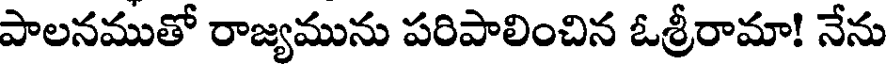
పాలనముతో రాజ్యమును పరిపాలించిన ఓశ్రీరామా! నేను